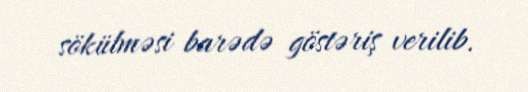
sökülməsi barədə göstəriş verilib.